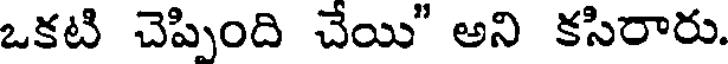
ఒకటి చెప్పింది చేయి" అని కసిరారు.